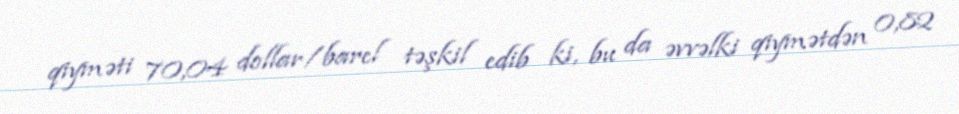
qiyməti 70,04 dollar/barel təşkil edib ki, bu da əvvəlki qiymətdən 0,82